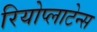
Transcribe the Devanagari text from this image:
रियोप्लाटेन्स